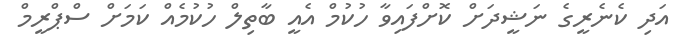
އަދި ކެނެރީގެ ނަޝީދަށް ކޮށްފައިވާ ހުކުމް އެއީ ބާތިލް ހުކުމެއް ކަަމަށް ސްޕްރީމް